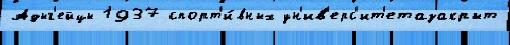
Адыг'ейцы 1937 спорт'и́вных ун'ив'ерс'ит'етазакрыт